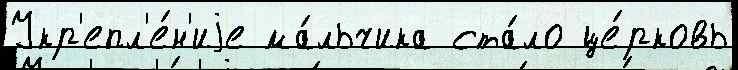
Укр'епл'е́н'иjе ма́льчика ста́ло це́рковь